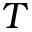
T